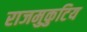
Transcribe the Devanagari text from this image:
राजमुकुटिय